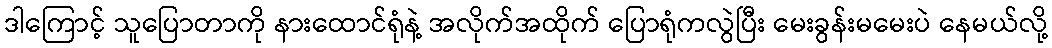
ဒါကြောင့် သူပြောတာကို နားထောင်ရုံနဲ့ အလိုက်အထိုက် ပြောရုံကလွဲပြီး မေးခွန်းမမေးပဲ နေမယ်လို့